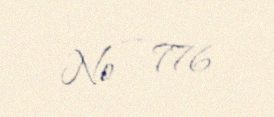
№ — 776